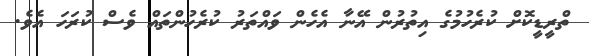
ތްރީޑީކޮށް ކުރެހުމުގެ އިތުރުން އޭނާ އެހެން ވައްތަރު ކުރެހުންތައް ވެސް ކުރަހަ އެވެ.